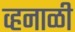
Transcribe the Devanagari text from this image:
व्हनाळी